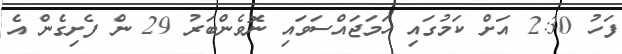
ފަހު 2:30 އަށް ކަމުގައި ހަމަޖައްސަވައި ނޮވެންބަރު 29 ން ފެށިގެން އެ